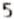
5